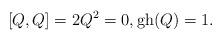
LaTeX: \begin{align*}[Q,Q]=2Q^2=0 , \operatorname{gh} (Q)=1 .\end{align*}